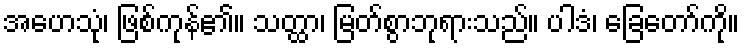
အဟေသုံ၊ ဖြစ်ကုန်၏။ သတ္ထာ၊ မြတ်စွာဘုရားသည်။ ပါဒံ၊ ခြေတော်ကို။